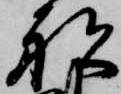
船